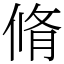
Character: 脩